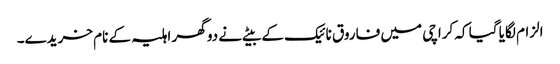
الزام لگایا گیا کہ کراچی میں فاروق نائیک کے بیٹے نے دو گھر اہلیہ کے نام خریدے۔